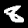
Label: 8